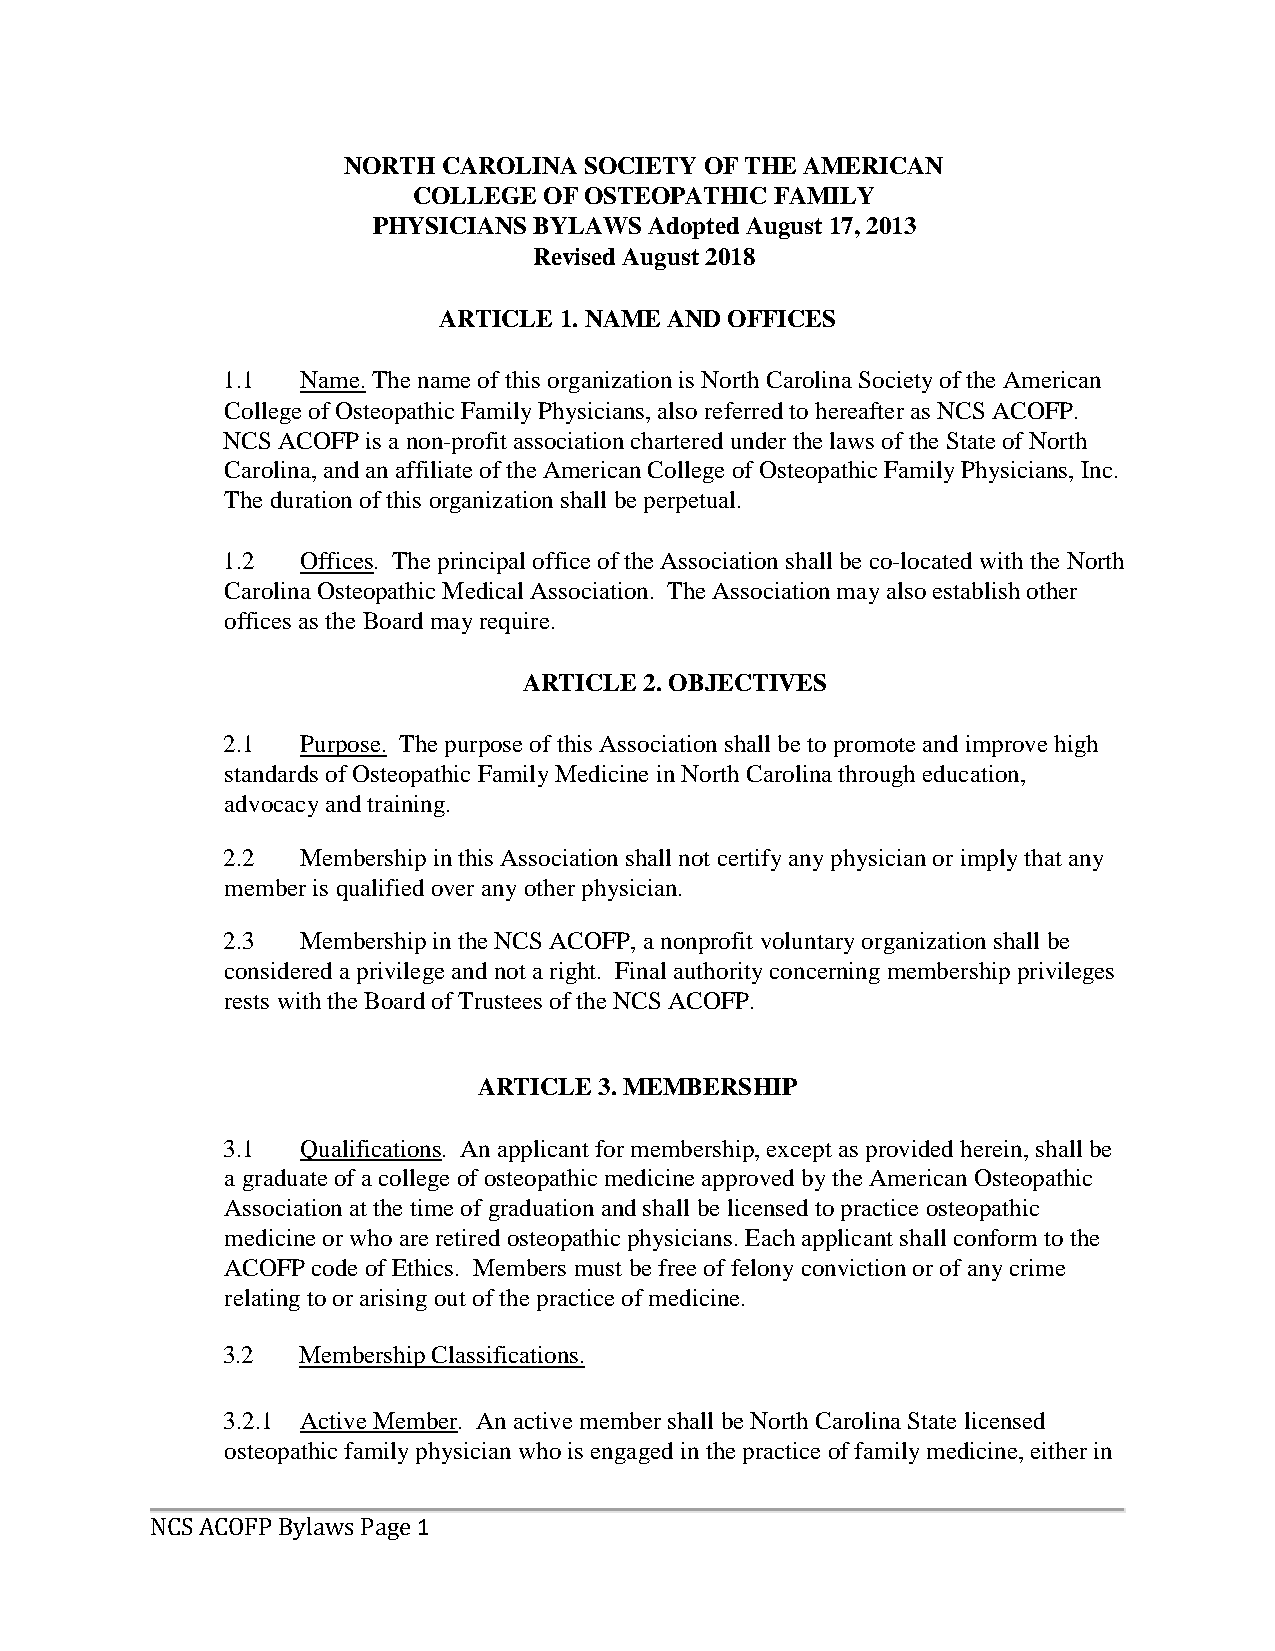
NORTH CAROLINA  SOCIETY OF THE AMERICAN
 COLLEGE  OF OSTEOPATHIC FAMILY
 PHYSICIANS BYLAWS Adopted August 17, 2013
 Revised August 2018
 ARTICLE 1. NAME AND OFFICES
 1.1  Name. The name of this organization is North Carolina Society of the American
 College of Osteopathic Family Physicians, also referred to hereafter as NCS ACOFP.
 NCS ACOFP is a non-profit association chartered under the laws of the State of North
 Carolina, and an affiliate of the American College of Osteopathic Family Physicians, Inc.
 The duration of this organization shall be perpetual.
 1.2  Offices. The principal office of the Association shall be co-located with the North
 Carolina Osteopathic Medical Association. The Association may also establish other
 offices as the Board may require.
 ARTICLE 2. OBJECTIVES
 2.1  Purpose. The purpose of this Association shall be to promote and improve high
 standards of Osteopathic Family Medicine in North Carolina through education,
 advocacy and training.
 2.2  Membership in this Association shall not certify any physician or imply that any
 member is qualified over any other physician.
 2.3  Membership in the NCS ACOFP, a nonprofit voluntary organization shall be
 considered a privilege and not a right. Final authority concerning membership privileges
 rests with the Board of Trustees of the NCS ACOFP.
 ARTICLE 3. MEMBERSHIP
 3.1  Qualifications. An applicant for membership, except as provided herein, shall be
 a graduate of a college of osteopathic medicine approved by the American Osteopathic
 Association at the time of graduation and shall be licensed to practice osteopathic
 medicine or who are retired osteopathic physicians. Each applicant shall conform to the
 ACOFP code of Ethics. Members must be free of felony conviction or of any crime
 relating to or arising out of the practice of medicine.
 3.2  Membership Classifications.
 3.2.1 Active Member. An active member shall be North Carolina State licensed
 osteopathic family physician who is engaged in the practice of family medicine, either in
 1
 NCS ACOFP Bylaws Page